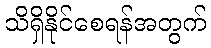
သိရှိနိုင်စေရန်အတွက်